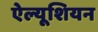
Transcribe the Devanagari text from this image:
ऐल्यूशियन